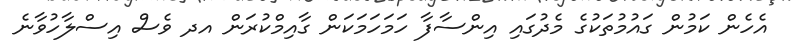
އެހެން ކަމުން ގައުމުތަކުގެ މެދުގައި އިންސާފާ ހަމަހަމަކަން ގާއިމްކުރަން އދ ވެސް އިސްލާހުވާނެ